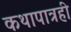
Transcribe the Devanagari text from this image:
कथापात्रही